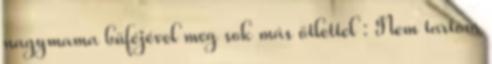
nagymama büféjével meg sok más ötlettel : Nem tartom